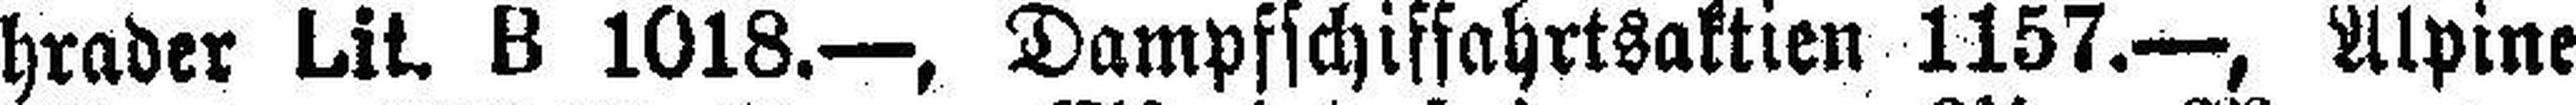
hrader Lit. B 1018.—, Dampfschiffahrtsaktien 1157.—, Alpine